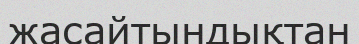
жасайтындықтан